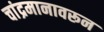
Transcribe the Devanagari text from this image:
चांद्रमानावरून